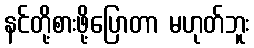
နင်တို့စားဖို့ပြောတာ မဟုတ်ဘူး